Rangoon Lunatic Asylum 1878-1892 - 1878-1892
Year: 1878
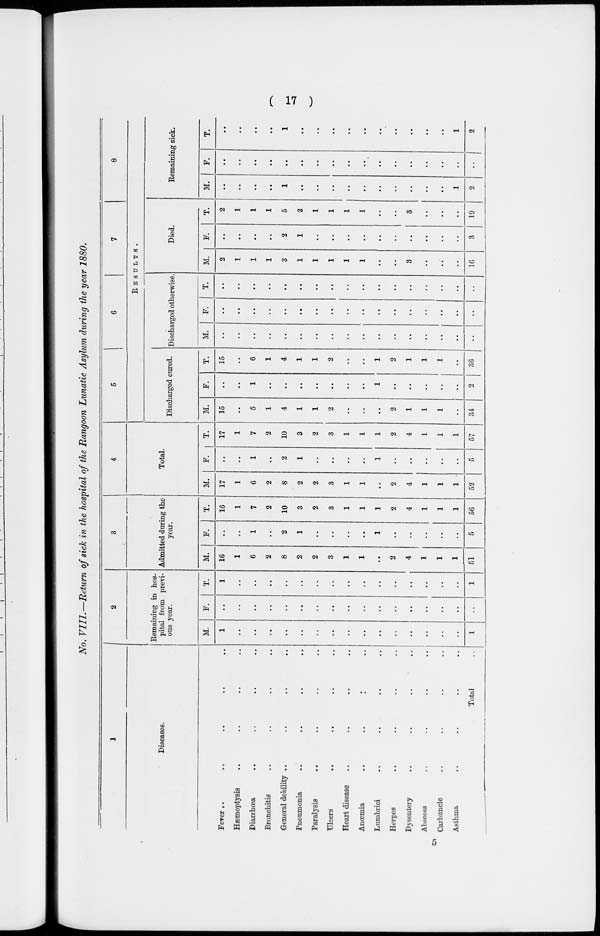
( 17 )
No. VIII.—Return of sick in the hospital of the Rangoon Lunatic Asylum during the year 1880.
1
Diseases.
Fever .. .. .. .. ..
Hæmoptysis .. .. .. ..
Diarrhœa .. .. .. ..
Bronchitis .. .. .. ..
General debility .. .. .. ..
Pneumonia .. .. .. ..
Paralysis .. .. .. ..
Ulcers .. .. .. ..
Heart disease .. .. .. ..
Anœmia
..
..
..
Lumbrici .. .. .. ..
Herpes .. .. .. ..
Dysentery .. .. .. ..
Abscess .. .. .. ..
Carbuncle .. .. .. ..
Asthma .. .. .. ..
Total ..
2
Remaining in hos-
pital from previ-
ous year.
M.
1
..
..
..
..
..
..
..
..
..
..
..
..
..
..
..
1
F.
..
..
..
..
..
..
..
..
..
..
..
..
..
..
..
..
..
T.
1
..
..
..
..
..
..
..
..
..
..
..
..
..
..
..
1
3
Admitted during the
year.
M.
16
1
6
2
8
2
2
3
1
1
..
2
4
1
1
1
51
F.
..
..
1
..
2
1
..
..
..
..
1
..
..
..
..
..
5
T.
16
1
7
2
10
3
2
3
1
1
1
2
4
1
1
1
56
4
Total.
M.
17
1
6
2
8
2
2
3
1
1
..
2
4
1
1
1
52
F.
..
..
1
..
2
1
..
..
..
..
1
..
..
..
..
..
5
T.
17
1
7
2
10
3
2
3
1
1
1
2
4
1
1
1
57
5
6
7
8
RESULTS.
Discharged cured.
M.
15
..
5
1
4
1
1
2
..
..
..
2
1
1
1
..
34
F.
..
..
1
..
..
..
..
..
..
..
1
..
..
..
..
..
2
T.
15
..
6
1
4
1
1
2
..
..
1
2
1
1
1
..
36
Discharged otherwise.
M.
..
..
..
..
..
..
..
..
..
..
..
..
..
..
..
..
..
F.
..
..
..
..
..
..
..
..
..
..
..
..
..
..
..
..
..
T.
..
..
..
..
..
..
..
..
..
..
..
..
..
..
..
..
..
Died.
M.
2
1
1
1
3
1
1
1
1
1
..
..
3
..
..
..
16
F.
..
..
..
..
2
1
..
..
..
..
..
..
..
..
..
..
3
T.
2
1
1
1
5
2
1
1
1
1
..
..
3
..
..
..
19
Remaining sick.
M.
..
..
..
..
1
..
..
..
..
..
..
..
..
..
..
1
2
F.
..
..
..
..
..
..
..
..
..
..
..
..
..
..
..
..
..
T.
..
..
..
..
1
..
..
..
..
..
..
..
..
..
..
1
2
5